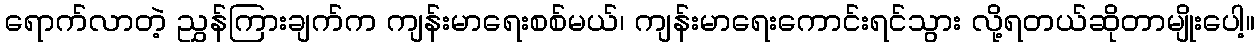
ရောက်လာတဲ့ ညွှန်ကြားချက်က ကျန်းမာရေးစစ်မယ်၊ ကျန်းမာရေးကောင်းရင်သွား လို့ရတယ်ဆိုတာမျိုးပေါ့။